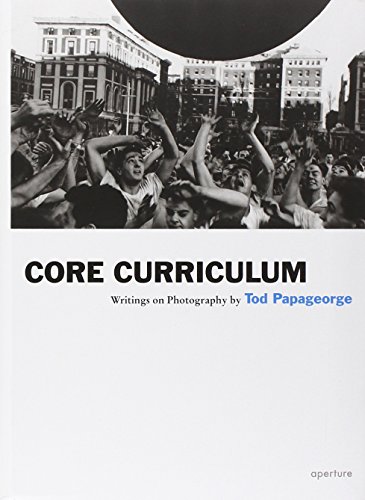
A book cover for Core Curriculum: Writings on Photography (Aperture Ideas); Tod Papageorge; Arts & Photography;